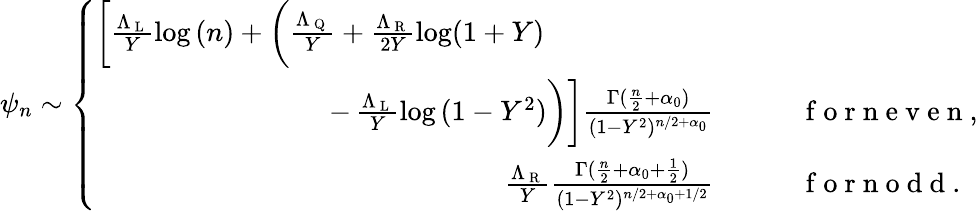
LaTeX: \psi_{n}\sim\left\{ \begin{array}{rl}{\bigg[\frac{\Lambda_{\mathrm{~L~}}}{Y}\log{(n)}+\bigg(\frac{\Lambda_{\mathrm{~Q~}}}{Y}+\frac{\Lambda_{\mathrm{~R~}}}{2Y}\log(1+Y)\qquad\qquad\qquad}&{{}}\\ {-\, \frac{\Lambda_{\mathrm{~L~}}}{Y}\log{(1-Y^{2})}\bigg)\bigg]\frac{\Gamma(\frac{n}{2}+\alpha_{0})}{(1-Y^{2})^{n/2+\alpha_{0}}}}&{{}\qquad\mathrm{~f~o~r~n~e~v~e~n~},}\\ {\frac{\Lambda_{\mathrm{~R~}}}{Y}\frac{\Gamma(\frac{n}{2}+{\alpha_{0}+\frac{1}{2}})}{(1-Y^{2})^{n/2+{\alpha_{0}+1/2}}}}&{{}\qquad\mathrm{~f~o~r~n~o~d~d~}.}\end{array}\right.